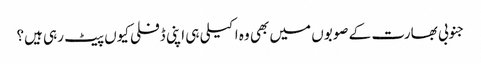
جنوبی بھارت کے صوبوں میں بھی وہ اکیلی ہی اپنی ڈفلی کیوں پیٹ رہی ہیں؟